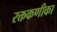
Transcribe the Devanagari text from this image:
रक्तकणीका